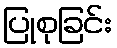
ပြုစုခြင်း